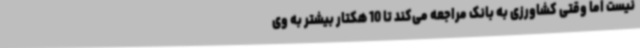
نیست اما وقتی کشاورزی به بانک مراجعه می‌کند تا 10 هکتار بیشتر به وی